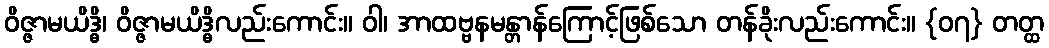
ဝိဇ္ဇာမယိဒ္ဓိ၊ ဝိဇ္ဇာမယိဒ္ဓိလည်းကောင်း။ ဝါ၊ အာထဗ္ဗနမန္တာန်ကြောင့်ဖြစ်သော တန်ခိုးလည်းကောင်း။ {၀၇} တတ္ထ